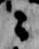
々